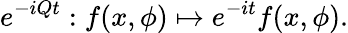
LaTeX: e^{-iQt}:f(x,\phi)\mapsto e^{-it}f(x,\phi).